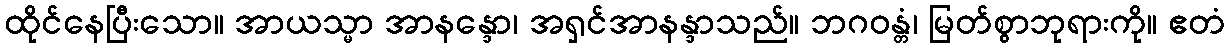
ထိုင်နေပြီးသော။ အာယသ္မာ အာနန္ဒော၊ အရှင်အာနန္ဒာသည်။ ဘဂဝန္တံ၊ မြတ်စွာဘုရားကို။ ဧတံ